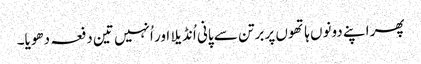
پھر اپنے دونوں ہاتھوں پر برتن سے پانی اُنڈیلا اور اُنہیں تین دفعہ دھویا۔